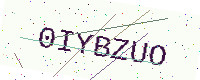
Text: 0IYBZUO